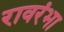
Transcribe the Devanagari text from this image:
रावरंभा